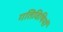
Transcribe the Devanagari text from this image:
गतिविषियों